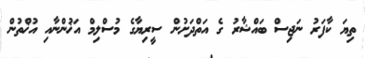
ތިޔަ ކާފަރު ނަޖިސް ބައްޝާރު ގެ އަތްދަށުން ސީރިޔާގެ މުސްލިމް އަޚުންނާއި އުޚްތުން